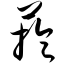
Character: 芋